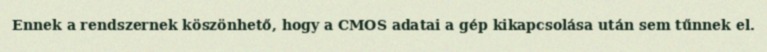
Ennek a rendszernek köszönhető, hogy a CMOS adatai a gép kikapcsolása után sem tűnnek el.